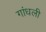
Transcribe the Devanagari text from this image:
गांधली